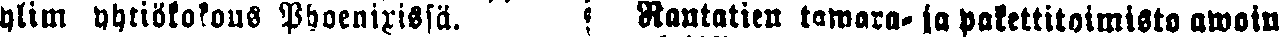
ylim yhtiökokous Phoenixissä. Rantatien tawara- ja pakettitoimisto awoin